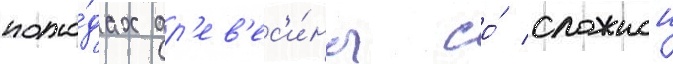
поро́дах др'ев'ес'и́ны со́ сложнои